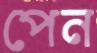
পেন